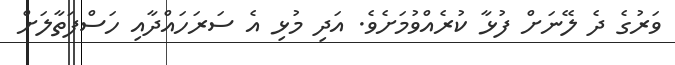
ވަރުގެ ދެ ލޭނަށް ފުޅާ ކުރެއްވުމަށެވެ. އަދި މުޅި އެ ސަރަހައްދާއި ހަސްފަތާލަށް